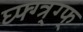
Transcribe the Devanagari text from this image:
घ्फ्ग्त्र्ग्फ्